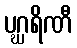
ပဂ္ဃရိဏီ